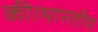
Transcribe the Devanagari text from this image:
की।भारतीय